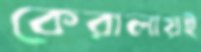
কেরালায়ই